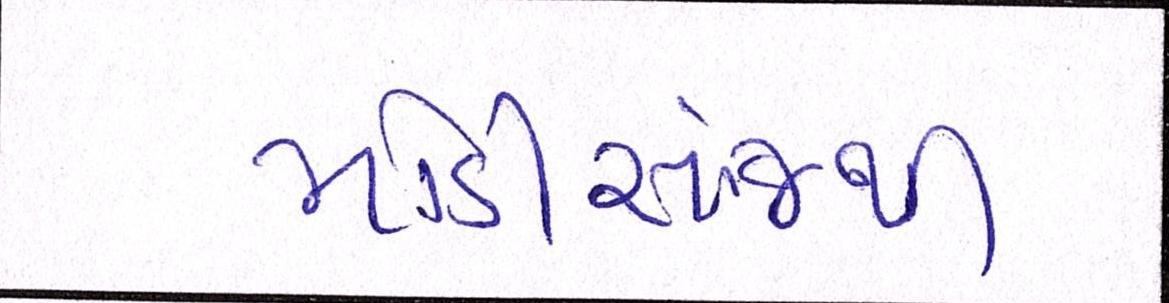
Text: મોડીસાંજથી